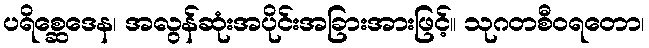
ပရိစ္ဆေဒေန၊ အလွန်ဆုံးအပိုင်းအခြားအားဖြင့်။ သုဂတစီဝရတော၊